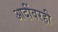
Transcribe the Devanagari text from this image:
आदींवरही